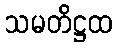
သမတိဋ္ဌထ